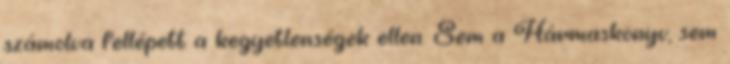
számolva fellépett a kegyetlenségek ellen. Sem a Hármaskönyv, sem